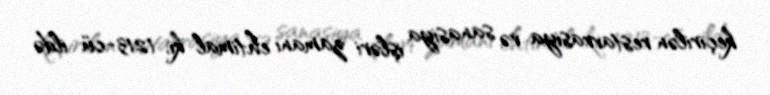
keçirilən restavrasiya və sanasiya işləri zamanı ehtimal ki, 1213-cü ildə